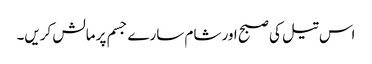
اس تیل کی صبح اور شام سارے جسم پر مالش کریں۔